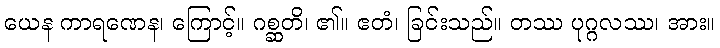
ယေန ကာရဏေန၊ ကြောင့်။ ဂစ္ဆတိ၊ ၏။ ဧတံ၊ ခြင်းသည်။ တဿ ပုဂ္ဂလဿ၊ အား။